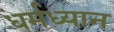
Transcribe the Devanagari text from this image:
धर्मध्यान